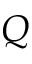
Q